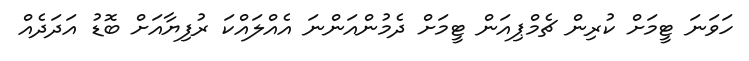
ހަވަނަ ޓީމަށް ކުރިން ޗެމްޕިއަން ޓީމަށް ދެމުންއަންނަ އެއްލައްކަ ރުފިޔާއަށް ބޮޑު އަދަދެއް